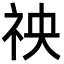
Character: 䄃